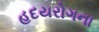
હદયરોગના